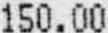
150.00